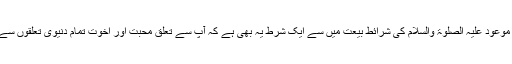
حضرت مسیح موعود علیہ الصلوۃ والسلام کی شرائطِ بیعت میں سے ایک شرط یہ بھی ہے کہ آپ سے تعلق محبت اور اخوت تمام دنیوی تعلقوں سے بڑھ کر ہو گا۔